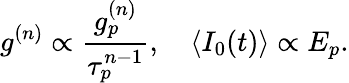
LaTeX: g^{(n)}\propto\frac{g_{p}^{(n)}}{\tau_{p}^{n-1}},\quad\langle I_{0}(t)\rangle\propto E_{p}.